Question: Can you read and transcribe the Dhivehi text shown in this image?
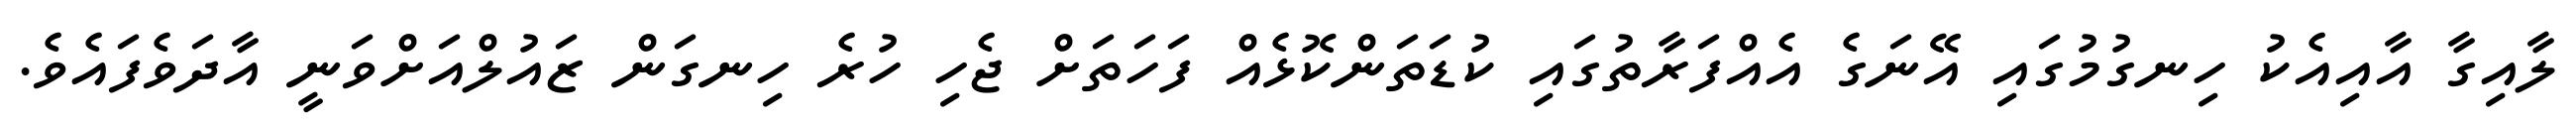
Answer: ލާއިގާ އާއިއެކު ހިނގުމުގައި އޭނަގެ އެއްފަރާތުގައި ކުޑަތަންކޮޅެއް ފަހަތަށް ޖެހި ހުރެ ހިނގަން ޒައުލްއަށްވަނީ އާދަވެފައެވެ.